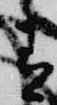
青